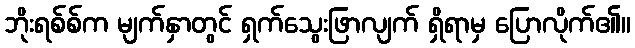
ဘိုးရစ်စ်က မျက်နှာတွင် ရှက်သွေးဖြာလျက် ရှိရာမှ ပြောလိုက်၏။